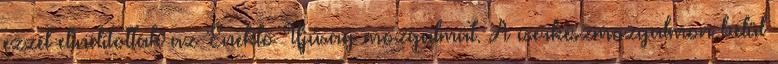
ezzel elindították az Éneklő Ifjúság mozgalmat. A cserkészmozgalmon belül